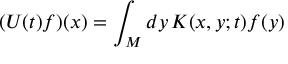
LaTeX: ( U ( t ) f ) ( x ) = \int _ { M } d y \, K ( x , y ; t ) f ( y )